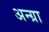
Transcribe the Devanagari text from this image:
अन्ग्रा